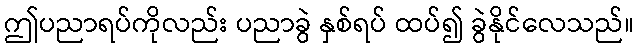
ဤပညာရပ်ကိုလည်း ပညာခွဲ နှစ်ရပ် ထပ်၍ ခွဲနိုင်လေသည်။